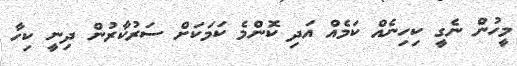
މީހުން ނެގީ ކިހިނެއް ކަމެއް އަދި ކޮންމެ ކަމަކަށް ސަރުކާރުން ދިނީ ކިހާ